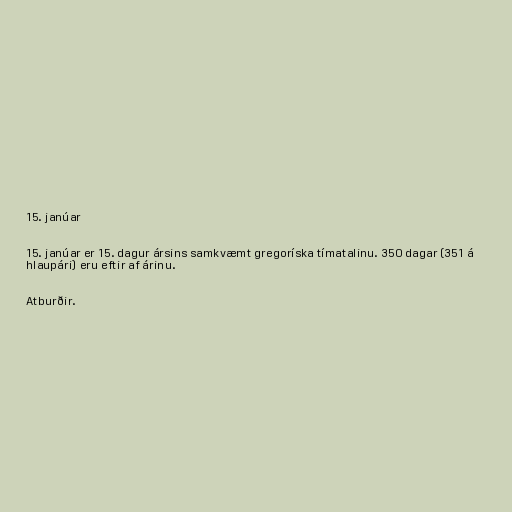
15. janúar

15. janúar er 15. dagur ársins samkvæmt gregoríska tímatalinu. 350 dagar (351 á
hlaupári) eru eftir af árinu.

Atburðir.